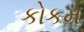
કોકમ